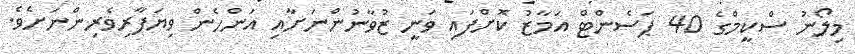
މިލޯނު ސްކީމްގެ 40 ޕަސެންޓް އަމާޒު ކޮށްފައި ވަނީ ޒުވާނުންނަށާއި އަންހެން ވިޔަފާރިވެރިންނަށެވެ.